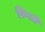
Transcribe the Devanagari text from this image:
फ़िख़ों